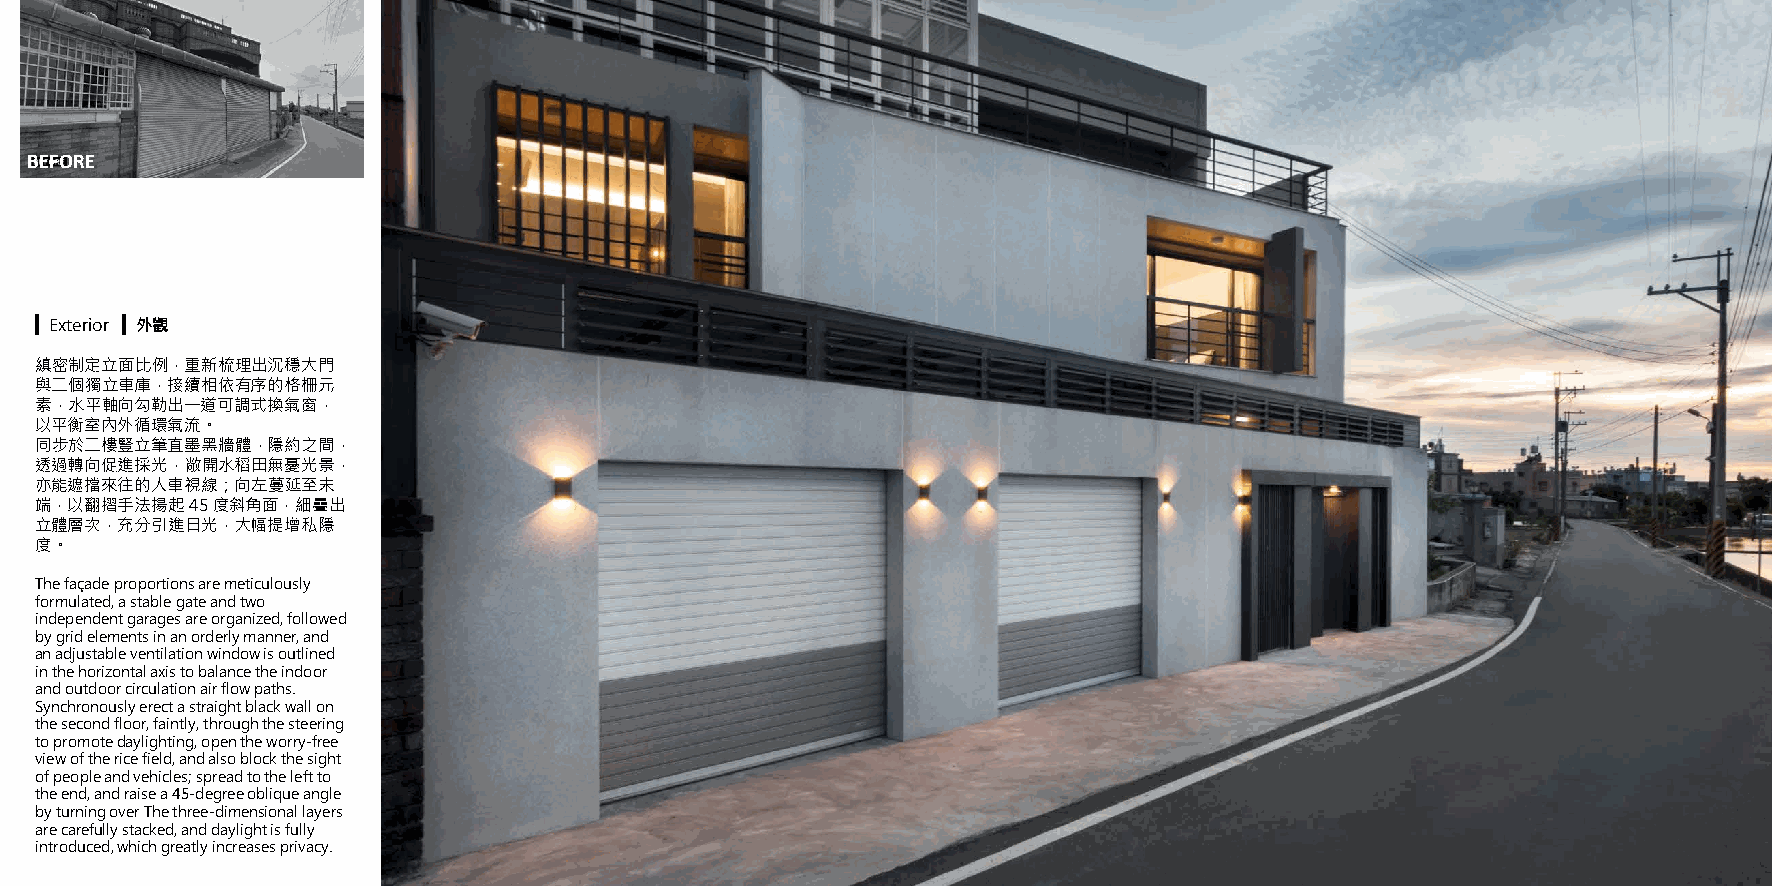
BEFORE
 ▍ Exterior ▍ 外觀
 縝密制定立面比例，重新梳理出沉穩大門
 與二個獨立車庫，接續相依有序的格柵元
 素，水平軸向勾勒出一道可調式換氣窗，
 以平衡室內外循環氣流。
 同步於二樓豎立筆直墨黑牆體，隱約之間，
 透過轉向促進採光，敞開水稻田無憂光景，
 亦能遮擋來往的人車視線；向左蔓延至末
 端，以翻摺手法揚起  45 度斜角面，細疊出
 立體層次，充分引進日光，大幅提增私隱
 度。
 The façade proportions are meticulously
 formulated, a stable gate and two
 independent garages are organized, followed
 by grid elements in an orderly manner, and
 an adjustable ventilation window is outlined
 in the horizontal axis to balance the indoor
 and outdoor circulation air flow paths.
 Synchronously erect a straight black wall on
 the second floor, faintly, through the steering
 to promote daylighting, open the worry-free
 view of the rice field, and also block the sight
 of people and vehicles; spread to the left to
 the end, and raise a 45-degree oblique angle
 by turning over The three-dimensional layers
 are carefully stacked, and daylight is fully
 introduced, which greatly increases privacy.